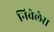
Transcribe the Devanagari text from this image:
निवेलेस